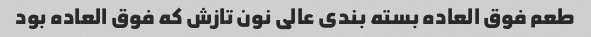
طعم فوق العاده بسته بندی عالی نون تازش که فوق العاده بود